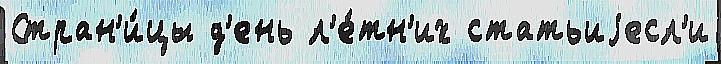
Стран'и́цы д'ень л'е́тн'их статьиjесл'и